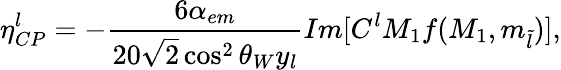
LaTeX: \eta_{CP}^{l}=-\frac{6\alpha_{em}}{20\sqrt{2}\cos^{2}{\theta_{W}}y_{l}}Im[C^{l}M_{1}f(M_{1},m_{\tilde{l}})],